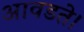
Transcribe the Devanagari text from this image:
आवडते।